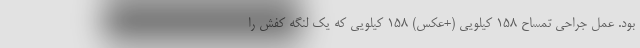
بود. عمل جراحی تمساح 158 کیلویی (+عکس) ۱۵۸ کیلویی که یک لنگه کفش را